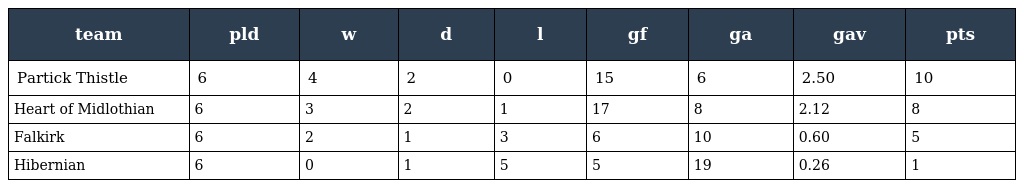
| team | pld | w | d | l | gf | ga | gav | pts |
 | --- | --- | --- | --- | --- | --- | --- | --- | --- |
 | Partick Thistle | 6 | 4 | 2 | 0 | 15 | 6 | 2.50 | 10 |
 | Heart of Midlothian | 6 | 3 | 2 | 1 | 17 | 8 | 2.12 | 8 |
 | Falkirk | 6 | 2 | 1 | 3 | 6 | 10 | 0.60 | 5 |
 | Hibernian | 6 | 0 | 1 | 5 | 5 | 19 | 0.26 | 1 |